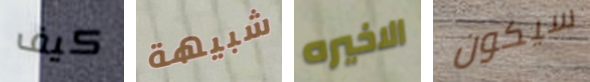
كيف شبيهة الاخيره سيكون